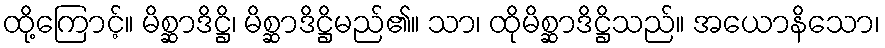
ထို့ကြောင့်။ မိစ္ဆာဒိဋ္ဌိ၊ မိစ္ဆာဒိဋ္ဌိမည်၏။ သာ၊ ထိုမိစ္ဆာဒိဋ္ဌိသည်။ အယောနိသော၊